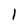
Character: l